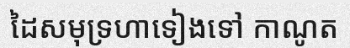
ដៃសមុទ្រហាទៀងទៅ កាណូត